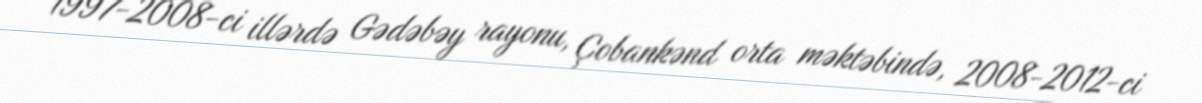
1997-2008-ci illərdə Gədəbəy rayonu, Çobankənd orta məktəbində, 2008-2012-ci